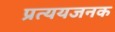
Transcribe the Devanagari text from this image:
प्रत्ययजनक